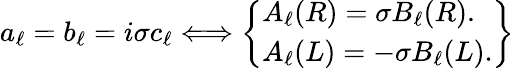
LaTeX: a_{\ell}=b_{\ell}=i\sigma c_{\ell}\Longleftrightarrow\left\{ \begin{array}{lr}{A_{\ell}(R)=\sigma B_{\ell}(R).}\\ {A_{\ell}(L)=-\sigma B_{\ell}(L).}\end{array}\right\}